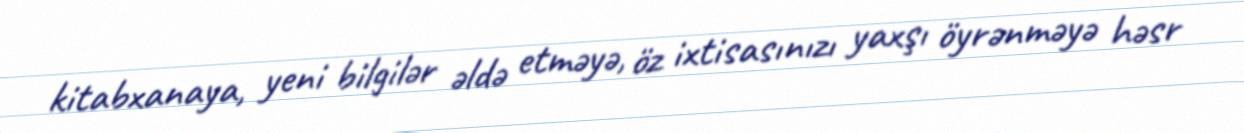
kitabxanaya, yeni bilgilər əldə etməyə, öz ixtisasınızı yaxşı öyrənməyə həsr